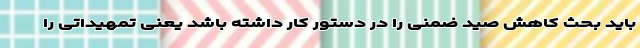
باید بحث کاهش صید ضمنی را در دستور کار داشته باشد یعنی تمهیداتی را